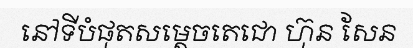
នៅទីបំផុតសម្តេចតេជោ ហ៊ុន សែន